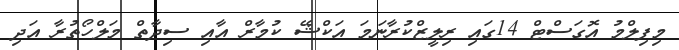
މިފިލްމު އޮގަސްޓް 14ގައި ރިލީޒްކުރާނަމަ އަކްޝޭ ކުމާރް އާއި ސިދާތް މަލްހޯތުރާ އަދި